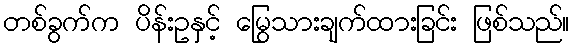
တစ်ခွက်က ပိန်းဥနှင့် မြွေသားချက်ထားခြင်း ဖြစ်သည်။